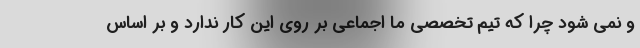
و نمی شود چرا که تیم تخصصی ما اجماعی بر روی این کار ندارد و بر اساس